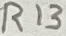
Text: R13